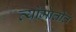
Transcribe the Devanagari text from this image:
व्योमातीतं